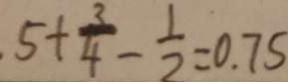
5 + \frac { 3 } { 4 } - \frac { 1 } { 2 } = 0 . 7 5